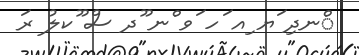
ްނދި ަޔ ިއ ަހ ަވ ްނ ޫދ ސް ޫކލު ރަ